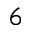
6